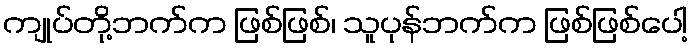
ကျုပ်တို့ဘက်က ဖြစ်ဖြစ်၊ သူပုန်ဘက်က ဖြစ်ဖြစ်ပေါ့